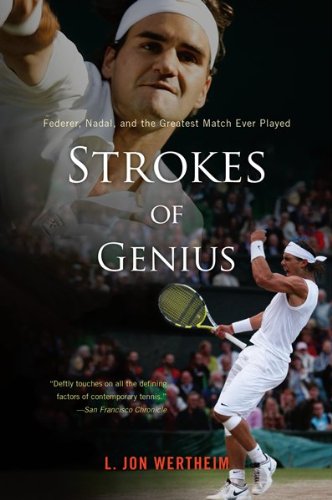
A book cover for Strokes of Genius: Federer, Nadal, and the Greatest Match Ever Played; L. Jon Wertheim; Sports & Outdoors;